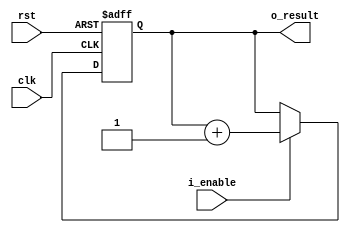
module VfD_counter (

    input           i_enable,
    output reg [4:0] o_result,

    input           clk,
    input           rst
);

//  ------------    behavioral  ------------

always @ (posedge rst or posedge clk)
begin
    if (rst)
        // reset
        o_result <= 0;
    else
        // clocked
        if (i_enable)
            o_result <= o_result + 1;
end

endmodule